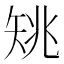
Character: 𥎺